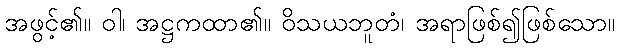
အဖွင့်၏။ ဝါ၊ အဋ္ဌကထာ၏။ ဝိသယဘူတံ၊ အရာဖြစ်၍ဖြစ်သော။